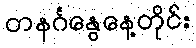
တနင်္ဂနွေနေ့တိုင်း